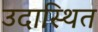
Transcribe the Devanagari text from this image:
उदास्थित